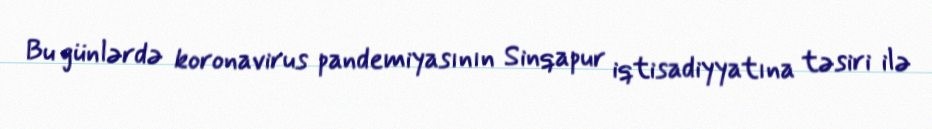
Bu günlərdə koronavirus pandemiyasının Sinqapur iqtisadiyyatına təsiri ilə